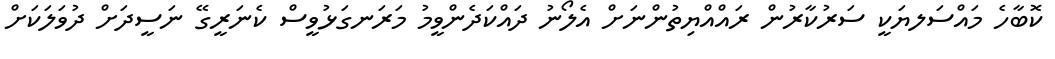
ކޮބާހެ މައްސަލޔަކީ ސަރުކާރުން ރައްއްޔިތުންނަށް އެލޯނު ދައްކަދެންވީމު މަރަނގަޅުވީސް ކެނަރީގޭ ނަސީދަށް ދުވަލަކަށް